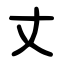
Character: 丈